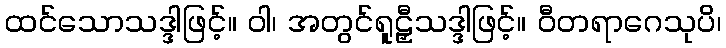
ထင်သောသဒ္ဒါဖြင့်။ ဝါ၊ အတွင်ရူဠှီသဒ္ဒါဖြင့်။ ဝီတရာဂေသုပိ၊